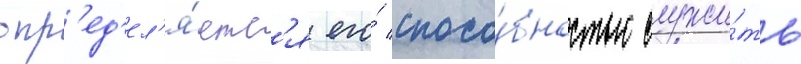
опр'ед'ел'я́етс'я его́ спосо́бностью служи́ть